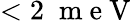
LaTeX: <2\; \mathrm{~m~e~V~}